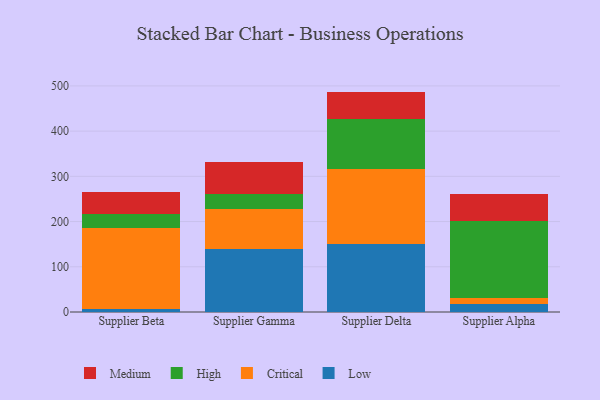
{"axis": {"x": "Supplier", "y": "Market Share (%)"}, "legend": ["Critical", "High", "Low", "Medium"], "data": [{"x": "Supplier Beta", "y": 7.7, "type": "Low"}, {"x": "Supplier Beta", "y": 177.3, "type": "Critical"}, {"x": "Supplier Beta", "y": 30.7, "type": "High"}, {"x": "Supplier Beta", "y": 49.5, "type": "Medium"}, {"x": "Supplier Gamma", "y": 139.9, "type": "Low"}, {"x": "Supplier Gamma", "y": 86.9, "type": "Critical"}, {"x": "Supplier Gamma", "y": 33.7, "type": "High"}, {"x": "Supplier Gamma", "y": 72.1, "type": "Medium"}, {"x": "Supplier Delta", "y": 151.4, "type": "Low"}, {"x": "Supplier Delta", "y": 165.7, "type": "Critical"}, {"x": "Supplier Delta", "y": 109.7, "type": "High"}, {"x": "Supplier Delta", "y": 60.6, "type": "Medium"}, {"x": "Supplier Alpha", "y": 18.6, "type": "Low"}, {"x": "Supplier Alpha", "y": 12.4, "type": "Critical"}, {"x": "Supplier Alpha", "y": 171.3, "type": "High"}, {"x": "Supplier Alpha", "y": 59.3, "type": "Medium"}]}